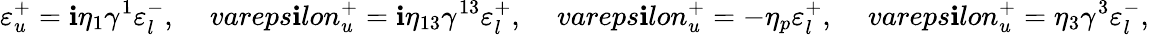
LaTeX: \varepsilon_{u}^{+}=\mathbf{i}\eta_{1}\gamma^{1}\varepsilon_{l}^{-},\ \ \ \ \, vareps\mathbf{i}lon_{u}^{+}=\mathbf{i}\eta_{13}\gamma^{13}\varepsilon_{l}^{+},\ \ \ \ \, vareps\mathbf{i}lon_{u}^{+}=-\eta_{p}\varepsilon_{l}^{+},\ \ \ \ \, vareps\mathbf{i}lon_{u}^{+}=\eta_{3}\gamma^{3}\varepsilon_{l}^{-},